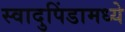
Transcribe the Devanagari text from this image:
स्वादुपिंडामध्ये